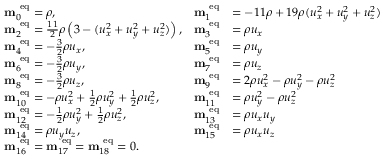
\begin{array} { r l r l } & { \mathbf { m } _ { 0 } ^ { \mathrm { ~ e q } } = \rho , } & { \mathbf { m } _ { 1 } ^ { \mathrm { ~ e q } } } & { = - 1 1 \rho + 1 9 \rho ( u _ { x } ^ { 2 } + u _ { y } ^ { 2 } + u _ { z } ^ { 2 } ) } \\ & { \mathbf { m } _ { 2 } ^ { \mathrm { ~ e q } } = \frac { 1 1 } { 2 } \rho \left( 3 - ( u _ { x } ^ { 2 } + u _ { y } ^ { 2 } + u _ { z } ^ { 2 } ) \right) , } & { \mathbf { m } _ { 3 } ^ { \mathrm { ~ e q } } } & { = \rho u _ { x } } \\ & { \mathbf { m } _ { 4 } ^ { \mathrm { ~ e q } } = - \frac { 3 } { 2 } \rho u _ { x } , } & { \mathbf { m } _ { 5 } ^ { \mathrm { ~ e q } } } & { = \rho u _ { y } } \\ & { \mathbf { m } _ { 6 } ^ { \mathrm { ~ e q } } = - \frac { 3 } { 2 } \rho u _ { y } , } & { \mathbf { m } _ { 7 } ^ { \mathrm { ~ e q } } } & { = \rho u _ { z } } \\ & { \mathbf { m } _ { 8 } ^ { \mathrm { ~ e q } } = - \frac { 3 } { 2 } \rho u _ { z } , } & { \mathbf { m } _ { 9 } ^ { \mathrm { ~ e q } } } & { = 2 \rho u _ { x } ^ { 2 } - \rho u _ { y } ^ { 2 } - \rho u _ { z } ^ { 2 } } \\ & { \mathbf { m } _ { 1 0 } ^ { \mathrm { ~ e q } } = - \rho u _ { x } ^ { 2 } + \frac { 1 } { 2 } \rho u _ { y } ^ { 2 } + \frac { 1 } { 2 } \rho u _ { z } ^ { 2 } , } & { \mathbf { m } _ { 1 1 } ^ { \mathrm { ~ e q } } } & { = \rho u _ { y } ^ { 2 } - \rho u _ { z } ^ { 2 } } \\ & { \mathbf { m } _ { 1 2 } ^ { \mathrm { ~ e q } } = - \frac { 1 } { 2 } \rho u _ { y } ^ { 2 } + \frac { 1 } { 2 } \rho u _ { z } ^ { 2 } , } & { \mathbf { m } _ { 1 3 } ^ { \mathrm { ~ e q } } } & { = \rho u _ { x } u _ { y } } \\ & { \mathbf { m } _ { 1 4 } ^ { \mathrm { ~ e q } } = \rho u _ { y } u _ { z } , } & { \mathbf { m } _ { 1 5 } ^ { \mathrm { ~ e q } } } & { = \rho u _ { x } u _ { z } } \\ & { \mathbf { m } _ { 1 6 } ^ { \mathrm { ~ e q } } = \mathbf { m } _ { 1 7 } ^ { \mathrm { ~ e q } } = \mathbf { m } _ { 1 8 } ^ { \mathrm { ~ e q } } = 0 . } \end{array}